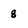
Character: 8